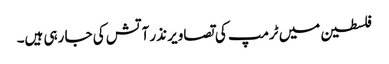
فلسطین میں ٹرمپ کی تصاویر نذر آتش کی جا رہی ہیں۔